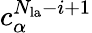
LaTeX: c_{\alpha}^{N_{\mathrm{la}}-i+1}